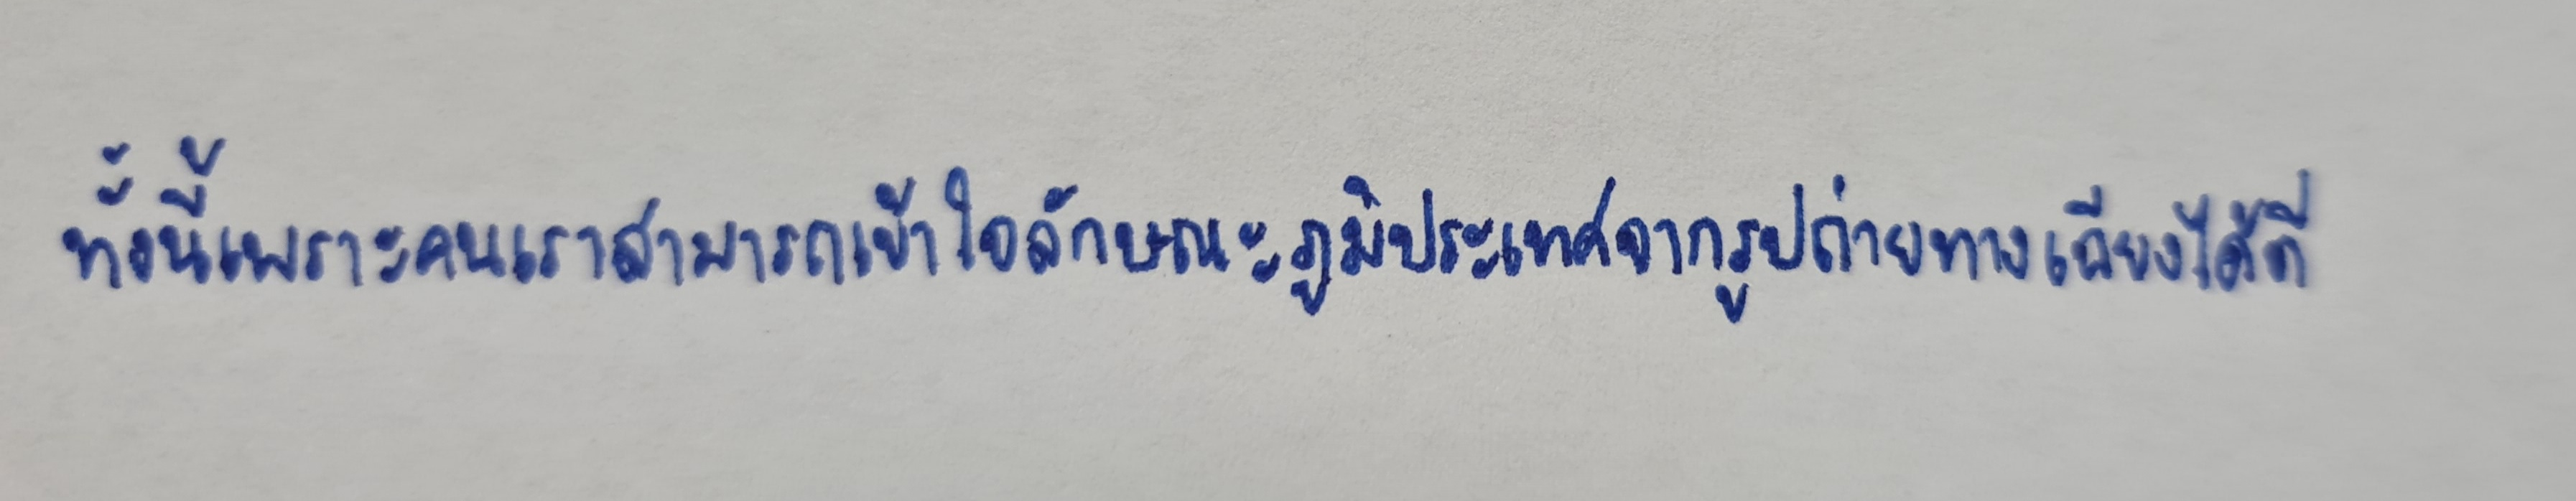
ทั้งนี้เพราะคนเราสามารถเข้าใจลักษณะภูมิประเทศจากรูปถ่ายทางเฉียงได้ดี